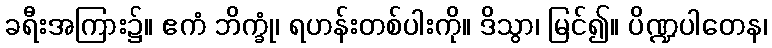
ခရီးအကြား၌။ ဧကံ ဘိက္ခုံ၊ ရဟန်းတစ်ပါးကို။ ဒိသွာ၊ မြင်၍။ ပိဏ္ဍပါတေန၊